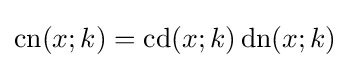
\operatorname {cn} (x;k)=\operatorname {cd} (x;k)\operatorname {dn} (x;k)